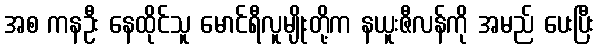
အစ ကနဦး နေထိုင်သူ မောင်ရီလူမျိုးတို့က နယူးဇီလန်ကို အမည် ပေးပြီး